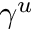
\gamma ^ { u }